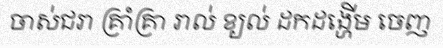
ចាស់ជរា គ្រាំគ្រា រាល់ ខ្យល់ ដកដង្ហើម ចេញ